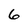
Character: 6